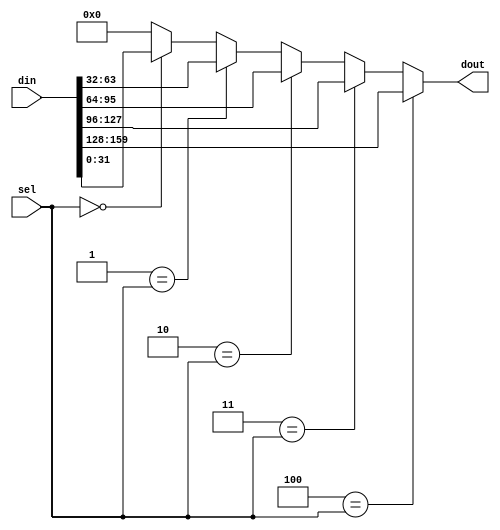
`timescale 1ns / 1ps
/***********************************************************************************************************************
*                                                                                                                      *
* ANTIKERNEL v0.1                                                                                                      *
*                                                                                                                      *
* Copyright (c) 2012-2016 Andrew D. Zonenberg                                                                          *
* All rights reserved.                                                                                                 *
*                                                                                                                      *
* Redistribution and use in source and binary forms, with or without modification, are permitted provided that the     *
* following conditions are met:                                                                                        *
*                                                                                                                      *
*    * Redistributions of source code must retain the above copyright notice, this list of conditions, and the         *
*      following disclaimer.                                                                                           *
*                                                                                                                      *
*    * Redistributions in binary form must reproduce the above copyright notice, this list of conditions and the       *
*      following disclaimer in the documentation and/or other materials provided with the distribution.                *
*                                                                                                                      *
*    * Neither the name of the author nor the names of any contributors may be used to endorse or promote products     *
*      derived from this software without specific prior written permission.                                           *
*                                                                                                                      *
* THIS SOFTWARE IS PROVIDED BY THE AUTHORS "AS IS" AND ANY EXPRESS OR IMPLIED WARRANTIES, INCLUDING, BUT NOT LIMITED   *
* TO, THE IMPLIED WARRANTIES OF MERCHANTABILITY AND FITNESS FOR A PARTICULAR PURPOSE ARE DISCLAIMED. IN NO EVENT SHALL *
* THE AUTHORS BE HELD LIABLE FOR ANY DIRECT, INDIRECT, INCIDENTAL, SPECIAL, EXEMPLARY, OR CONSEQUENTIAL DAMAGES        *
* (INCLUDING, BUT NOT LIMITED TO, PROCUREMENT OF SUBSTITUTE GOODS OR SERVICES; LOSS OF USE, DATA, OR PROFITS; OR       *
* BUSINESS INTERRUPTION) HOWEVER CAUSED AND ON ANY THEORY OF LIABILITY, WHETHER IN CONTRACT, STRICT LIABILITY, OR TORT *
* (INCLUDING NEGLIGENCE OR OTHERWISE) ARISING IN ANY WAY OUT OF THE USE OF THIS SOFTWARE, EVEN IF ADVISED OF THE       *
* POSSIBILITY OF SUCH DAMAGE.                                                                                          *
*                                                                                                                      *
***********************************************************************************************************************/

/**
	@file
	@author Andrew D. Zonenberg
	@brief N-bit M-to-1 mux for use by NoC routers
 */
module NOCMux(sel, din, dout);

	////////////////////////////////////////////////////////////////////////////////////////////////
	// IO / parameter declarations
		
	parameter WIDTH = 32;
	
	//Number of downstream ports (upstream not included in total)
	parameter PORT_COUNT				= 4;
	
	//Number of total ports including upstream
	localparam TOTAL_PORT_COUNT			= PORT_COUNT + 1;
		
	input wire[2:0]								sel;
	input wire[WIDTH*TOTAL_PORT_COUNT - 1 : 0]	din;
	output reg[WIDTH-1:0]						dout = 0;

	////////////////////////////////////////////////////////////////////////////////////////////////
	// The mux

	integer i;
	
	always @(*) begin
	
		//Default to zero if invalid
		dout <= 0;

		//Check each port
		//This complex structure is necessary to synthesize a non-power-of-two mux without xst complaining
		for(i=0; i<TOTAL_PORT_COUNT; i=i+1) begin
			if(i == sel)
				dout <= din[i*WIDTH +: WIDTH];
		end

	end

	
endmodule